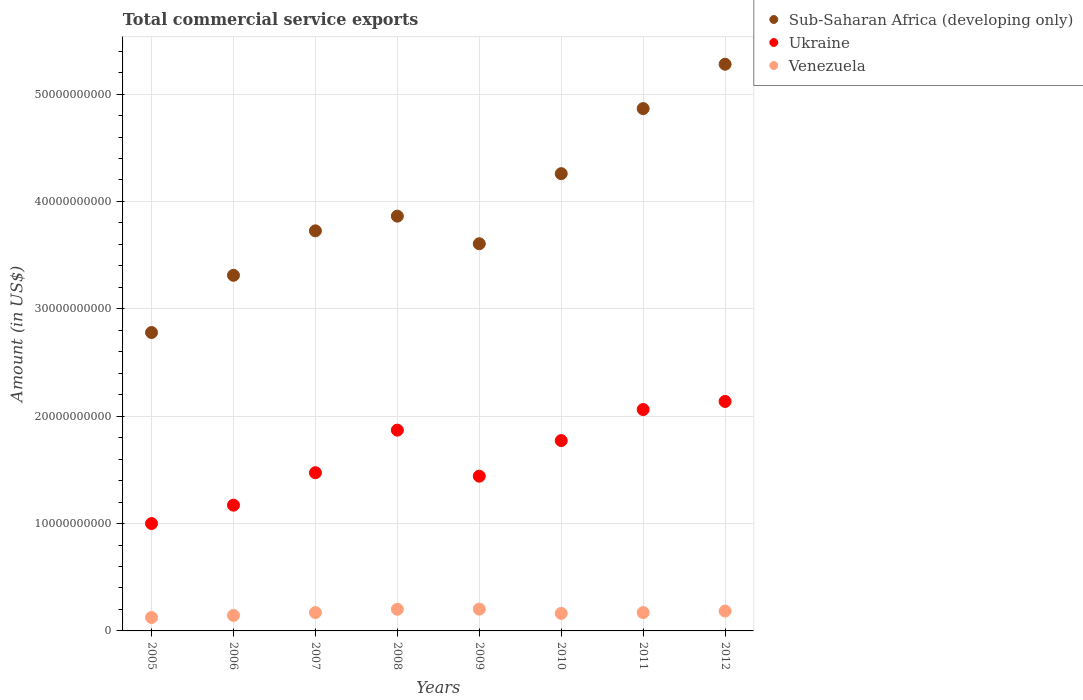
| Years | Sub-Saharan Africa (developing only) | Ukraine | Venezuela |
 | --- | --- | --- | --- |
 | 2005 | 2.78e+10 | 1e+10 | 1.25e+09 |
 | 2006 | 3.31e+10 | 1.17e+10 | 1.44e+09 |
 | 2007 | 3.73e+10 | 1.47e+10 | 1.71e+09 |
 | 2008 | 3.86e+10 | 1.87e+10 | 2.02e+09 |
 | 2009 | 3.61e+10 | 1.44e+10 | 2.03e+09 |
 | 2010 | 4.26e+10 | 1.77e+10 | 1.63e+09 |
 | 2011 | 4.86e+10 | 2.06e+10 | 1.71e+09 |
 | 2012 | 5.28e+10 | 2.14e+10 | 1.86e+09 |